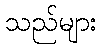
သည်များ